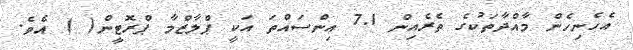
އެހެނިހެން މާއްދާތަކުގެ ތެރެއިން 7.1 އިންސައްތަ އަކީ ޕްލާޒްމާ ޕްރޮޓީން( ) އެވެ.